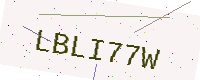
Text: LBLI77W